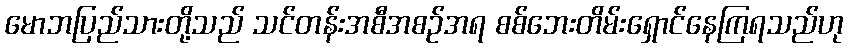
မောဘပြည်သားတို့သည် သင်တန်းအစီအစဉ်အရ စစ်ဘေးတိမ်းရှောင်နေကြရသည်ဟု